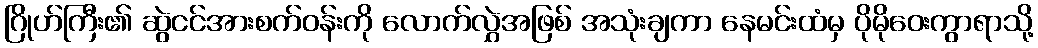
ဂြိုဟ်ကြီး၏ ဆွဲငင်အားစက်ဝန်းကို လောက်လွှဲအဖြစ် အသုံးချကာ နေမင်းထံမှ ပိုမိုဝေးကွာရာသို့